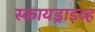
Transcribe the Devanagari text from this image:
स्कायड्राइव्ह